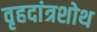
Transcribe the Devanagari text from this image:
वृहदांत्रशोथ